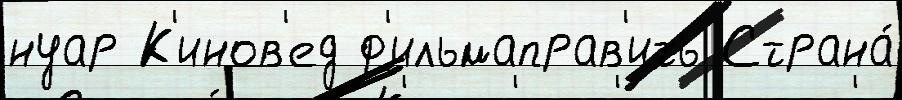
нуар К'инов'ед ф'ильмаправ'ить Страна́